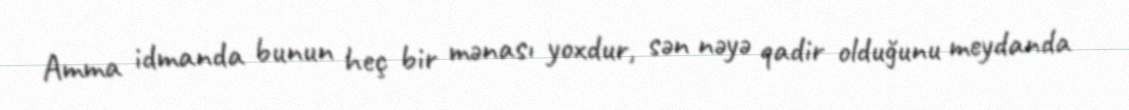
Amma idmanda bunun heç bir mənası yoxdur, sən nəyə qadir olduğunu meydanda